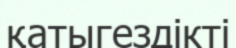
қатыгездікті